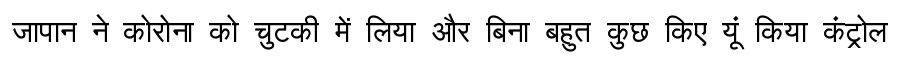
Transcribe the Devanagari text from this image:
जापान ने कोरोना को चुटकी में लिया और बिना बहुत कुछ किए यूं किया कंट्रोल